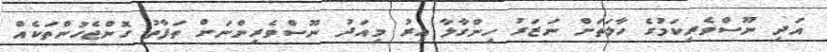
އަދި ނޫސްވެރިކަމުގެ ހާލަތަށް ނަޒަރު ހިންގާލާ އިރު މިއަދު ނޫސްވެރިންނަށް ތަފާތު ގޮންޖެހުންތަކެއް